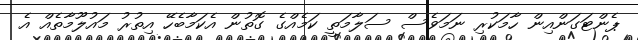
ޕެންޓަގަންއިން ހާމަކުރި ނަމަވެސް ސަލާމަތީ ކަމެއްގެ ގޮތުން އެކަމާބެހޭ އިތުރު މައުލޫމާތެއް އެ